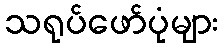
သရုပ်ဖော်ပုံများ